Plague in India, 1896, 1897 - Volume 1
Year: 1896
Disease focus: Plague
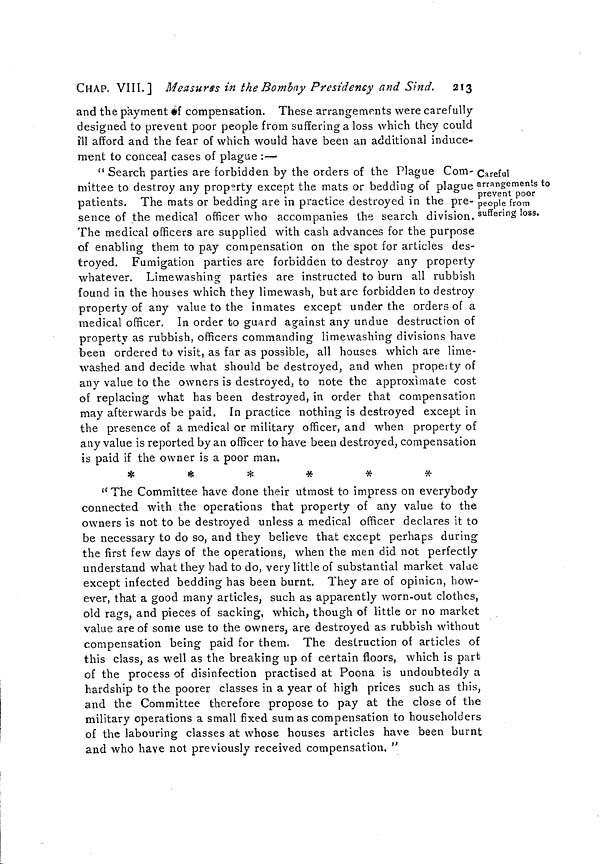
CHAP. VIII.] Measures in the Bombay Presidency and Sind. 213
and the payment of compensation. These arrangements were carefully
designed to prevent poor people from suffering a loss which they could
ill afford and the fear of which would have been an additional induce-
ment to conceal cases of plague :—
Careful
arrangements to
prevent poor
people from
suffering loss.
" Search parties are forbidden by the orders of the Plague Com-
mittee to destroy any property except the mats or bedding of plague
patients. The mats or bedding are in practice destroyed in the pre-
sence of the medical officer who accompanies the search division.
The medical officers are supplied with cash advances for the purpose
of enabling them to pay compensation on the spot for articles des-
troyed. Fumigation parties are forbidden to destroy any property
whatever. Limewashing parties are instructed to burn all rubbish
found in the houses which they limewash, but are forbidden to destroy
property of any value to the inmates except under the orders of a
medical officer. In order to guard against any undue destruction of
property as rubbish, officers commanding limewashing divisions have
been ordered to visit, as far as possible, all houses which are lime-
washed and decide what should be destroyed, and when property of
any value to the owners is destroyed, to note the approximate cost
of replacing what has been destroyed, in order that compensation
may afterwards be paid. In practice nothing is destroyed except in
the presence of a medical or military officer, and when property of
any value is reported by an officer to have been destroyed, compensation
is paid if the owner is a poor man,
***
"The Committee have done their utmost to impress on everybody
connected with the operations that property of any value to the
owners is not to be destroyed unless a medical officer declares it to
be necessary to do so, and they believe that except perhaps during
the first few days of the operations, when the men did not perfectly
understand what they had to do, very little of substantial market value
except infected bedding has been burnt. They are of opinion, how-
ever, that a good many articles, such as apparently worn-out clothes,
old rags, and pieces of sacking, which, though of little or no market
value are of some use to the owners, are destroyed as rubbish without
compensation being paid for them. The destruction of articles of
this class, as well as the breaking up of certain floors, which is part
of the process of disinfection practised at Poona is undoubtedly a
hardship to the poorer classes in a year of high prices such as this,
and the Committee therefore propose to pay at the close of the
military operations a small fixed sum as compensation to householders
of the labouring classes at whose houses articles have been burnt
and who have not previously received compensation, "